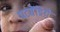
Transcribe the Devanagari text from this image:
पटबेंडिगे